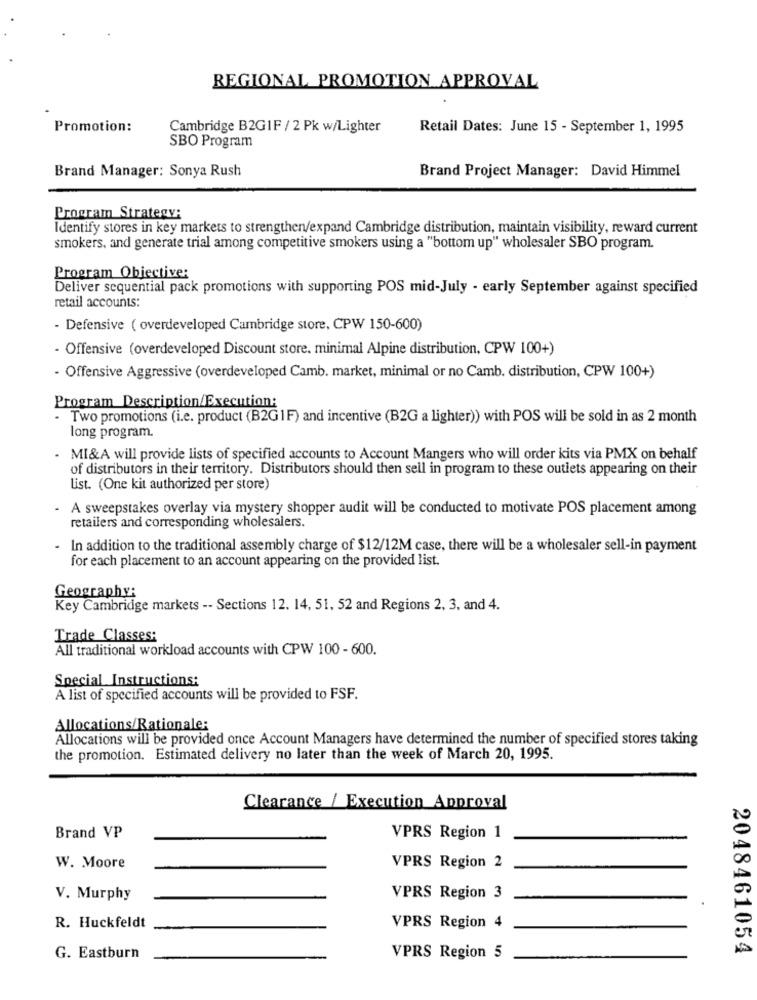
REGIONAL PROMOTION APPROVAL
Promotion:
Cambridge B2GIF / 2 Pk w/Lighter
Retail Dates: June 15 - September 1, 1995
SBO Program
Brand Project Manager: David Himmel
Brand Manager: Sonya Rush
Program Strategy:
Identify stores in key markets to strengthen/expand Cambridge distribution, maintain visibility, reward current
smokers, and generate trial among competitive smokers using a "bottom up" wholesaler SBO program.
Program Objective:
Deliver sequential pack promotions with supporting POS mid-July - early September against specified
retail accounts:
- Defensive ( overdeveloped Cambridge store, CPW 150-600)
- Offensive (overdeveloped Discount store. minimal Alpine distribution, CPW 100+)
- Offensive Aggressive (overdeveloped Camb. market, minimal or no Camb. distribution, CPW 100+)
Program Description/Execution:
Two promotions (i.e. product (B2G1F) and incentive (B2G a lighter)) with POS will be sold in as 2 month
long program.
MI&A will provide lists of specified accounts to Account Mangers who will order kits via PMX on behalf
of distributors in their territory. Distributors should then sell in program to these outlets appearing on their
list. (One kit authorized per store)
A sweepstakes overlay via mystery shopper audit will be conducted to motivate POS placement among
retailers and corresponding wholesalers.
In addition to the traditional assembly charge of $12/12M case, there will be a wholesaler sell-in payment
for each placement to an account appearing on the provided list.
Geography:
Key Cambridge markets -- Sections 12. 14, 51, 52 and Regions 2, 3, and 4.
Trade Classes:
All traditional workload accounts with CPW 100 - 600.
Special Instructions:
A list of specified accounts will be provided to FSF.
Allocations/Rationale:
Allocations will be provided once Account Managers have determined the number of specified stores taking
the promotion. Estimated delivery no later than the week of March 20, 1995.
Clearance / Execution Approval
Brand VP
VPRS Region 1
W. Moore
VPRS Region 2
V. Murphy
VPRS Region 3
R. Huckfeldt
VPRS Region 4
2048461054
G. Eastburn
VPRS Region 5